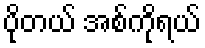
ပိုတယ် အစ်ကိုရယ်